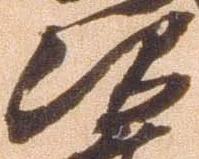
次